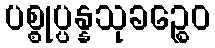
ပစ္စုပ္ပန္နသုခဉ္စေဝ